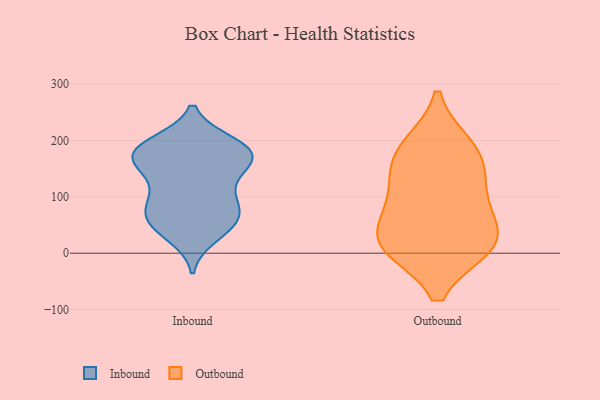
{"axis": {"x": "Market Share (%)", "y": "Value"}, "legend": ["Inbound", "Outbound"], "data": [{"x": "", "y": 86, "type": "Inbound"}, {"x": "", "y": 31, "type": "Inbound"}, {"x": "", "y": 158, "type": "Inbound"}, {"x": "", "y": 193, "type": "Inbound"}, {"x": "", "y": 195, "type": "Inbound"}, {"x": "", "y": 43, "type": "Inbound"}, {"x": "", "y": 150, "type": "Inbound"}, {"x": "", "y": 189, "type": "Inbound"}, {"x": "", "y": 81, "type": "Inbound"}, {"x": "", "y": 97, "type": "Inbound"}, {"x": "", "y": 182, "type": "Inbound"}, {"x": "", "y": 95, "type": "Inbound"}, {"x": "", "y": 158, "type": "Inbound"}, {"x": "", "y": 60, "type": "Inbound"}, {"x": "", "y": 175, "type": "Inbound"}, {"x": "", "y": 176, "type": "Inbound"}, {"x": "", "y": 176, "type": "Inbound"}, {"x": "", "y": 132, "type": "Inbound"}, {"x": "", "y": 55, "type": "Inbound"}, {"x": "", "y": 56, "type": "Inbound"}, {"x": "", "y": 16, "type": "Outbound"}, {"x": "", "y": 15, "type": "Outbound"}, {"x": "", "y": 13, "type": "Outbound"}, {"x": "", "y": 123, "type": "Outbound"}, {"x": "", "y": 64, "type": "Outbound"}, {"x": "", "y": 15, "type": "Outbound"}, {"x": "", "y": 190, "type": "Outbound"}, {"x": "", "y": 183, "type": "Outbound"}, {"x": "", "y": 155, "type": "Outbound"}, {"x": "", "y": 90, "type": "Outbound"}]}